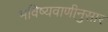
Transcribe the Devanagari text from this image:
भविष्यवाणीनुसार